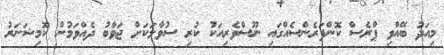
މިއަދު ބޭއްވި ޕްރެސް ކޮންފަރެންސެއްގައި ނޫސްވެރިއަކު ކުރި ސުވާލަކަށް ޖަވާބު ދެއްވަމުން ކޮމިޝަނަރު